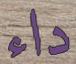
داء